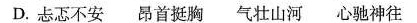
D.忐忑不安 昂首挺胸 气壮山河 心驰神往